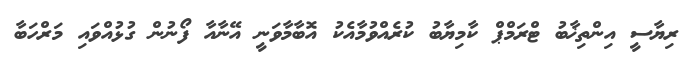
ރިޔާސީ އިންތިޚާބު ޓްރަމްޕް ކާމިޔާބު ކުރެއްވުމާއެކު އޮބާމާވަނީ އޭނާއާ ފޯނުން ގުޅުއްވައި މަރްހަބާ